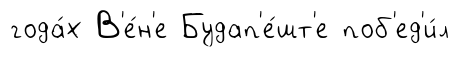
года́х В'е́н'е Будап'е́шт'е поб'ед'и́л